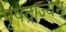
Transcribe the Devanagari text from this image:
पृषदाज्यम्